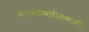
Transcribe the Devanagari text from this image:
श्रीमदनमोहनजी